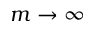
m \rightarrow \infty